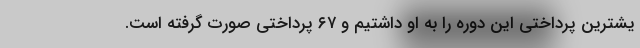
یشترین پرداختی این دوره را به او داشتیم و ۶۷ پرداختی صورت گرفته است.